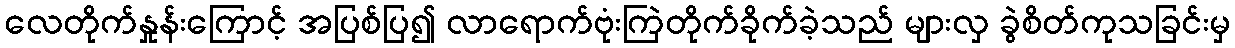
လေတိုက်နှုန်းကြောင့် အပြစ်ပြ၍ လာရောက်ဗုံးကြဲတိုက်ခိုက်ခဲ့သည် များလှ ခွဲစိတ်ကုသခြင်းမှ